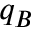
q _ { B }